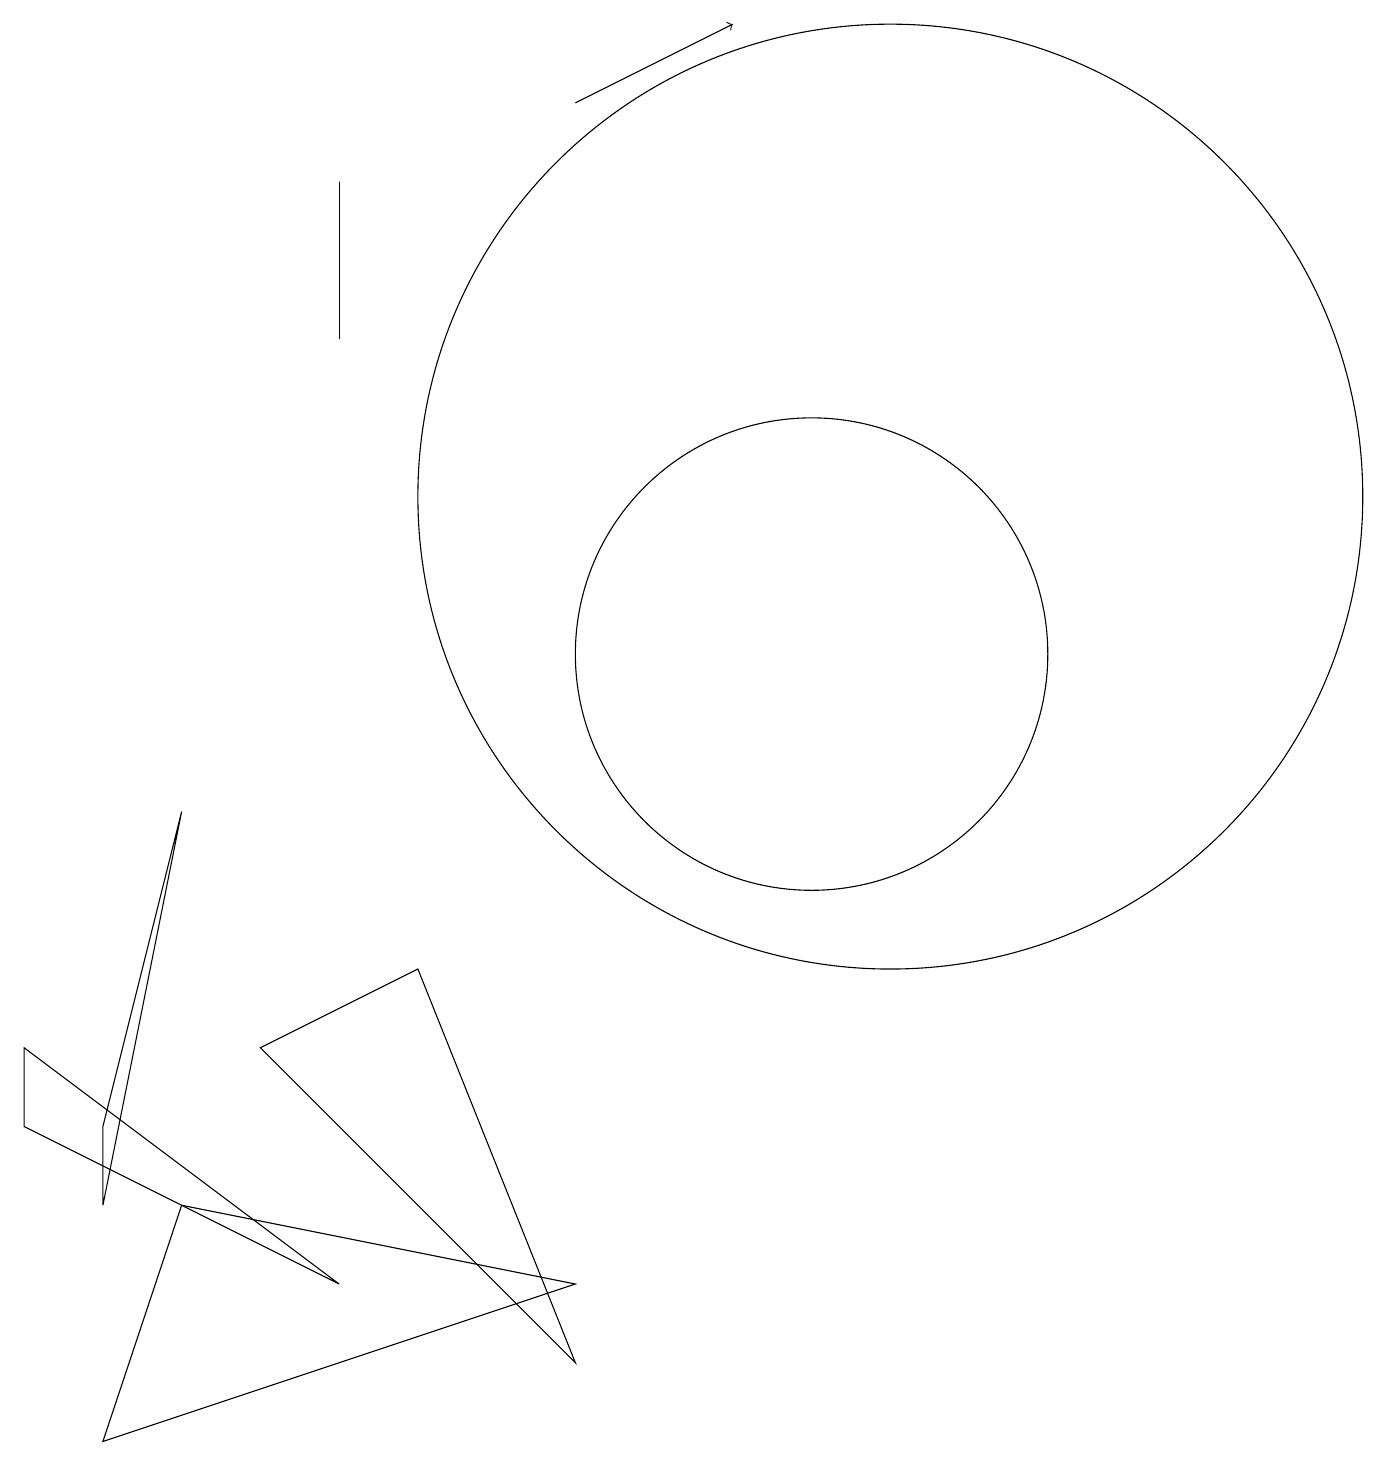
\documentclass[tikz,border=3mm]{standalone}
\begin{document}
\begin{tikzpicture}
\draw (4,14) rectangle (4,16);
\draw (11,12) circle (6);
\draw (5,6) -- (3,5) -- (7,1) -- cycle;
\draw (2,3) -- (1,0) -- (7,2) -- cycle;
\draw (10,10) circle (3);
\draw[->] (7,17) -- (9,18);
\draw (0,5) -- (4,2) -- (0,4) -- cycle;
\draw (1,4) -- (2,8) -- (1,3) -- cycle;
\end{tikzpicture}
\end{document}